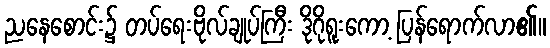
ညနေစောင်း၌ တပ်ရေးဗိုလ်ချုပ်ကြီး ဒိုဂိုရူးကော့ ပြန်ရောက်လာ၏။